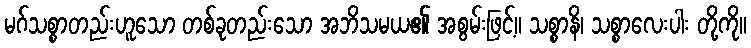
မဂ်သစ္စာတည်းဟူသော တစ်ခုတည်းသော အဘိသမယ၏ အစွမ်းဖြင့်။ သစ္စာနိ၊ သစ္စာလေးပါး တို့ကို။